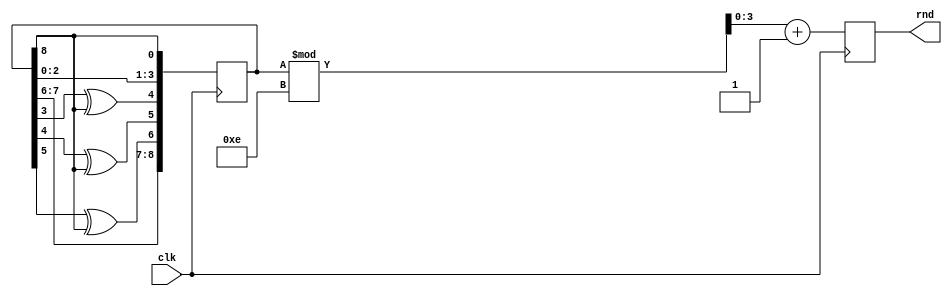
`timescale 1ns / 1ps
//////////////////////////////////////////////////////////////////////////////////
// Company: 
// Engineer: 
// 
// Design Name: 
// Module Name: RNG
// Project Name: 
// Target Devices: 
// Tool Versions: 
// Description: 
// 
// Dependencies: 
// 
// Revision:
// Revision 0.01 - File Created
// Additional Comments:
// 
//////////////////////////////////////////////////////////////////////////////////


module RNG // Random Number Generator
(
    input clk,
    output  reg[3:0] rnd 
);

reg [8:0] rand_num;

initial 
begin
    rand_num <= 9'd132;
end

always@(posedge clk)
        begin
            rand_num[0] <= rand_num[8];
            rand_num[1] <= rand_num[0];
            rand_num[2] <= rand_num[1];
            rand_num[3] <= rand_num[2];
            rand_num[4] <= rand_num[3]^rand_num[8];
            rand_num[5] <= rand_num[4]^rand_num[8];
            rand_num[6] <= rand_num[5]^rand_num[8];
            rand_num[7] <= rand_num[6];
            rand_num[8] <= rand_num[7];
            rnd = (rand_num % 14) + 1;
        end
endmodule